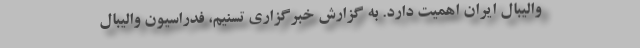
والیبال ایران اهمیت دارد. به گزارش خبرگزاری تسنیم، فدراسیون والیبال